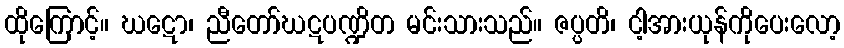
ထိုကြောင့်။ ဃဋော၊ ညီတော်ဃဋပဏ္ဍိတ မင်းသားသည်။ ဇပ္ပတိ၊ ငါ့အားယုန်ကိုပေးလော့